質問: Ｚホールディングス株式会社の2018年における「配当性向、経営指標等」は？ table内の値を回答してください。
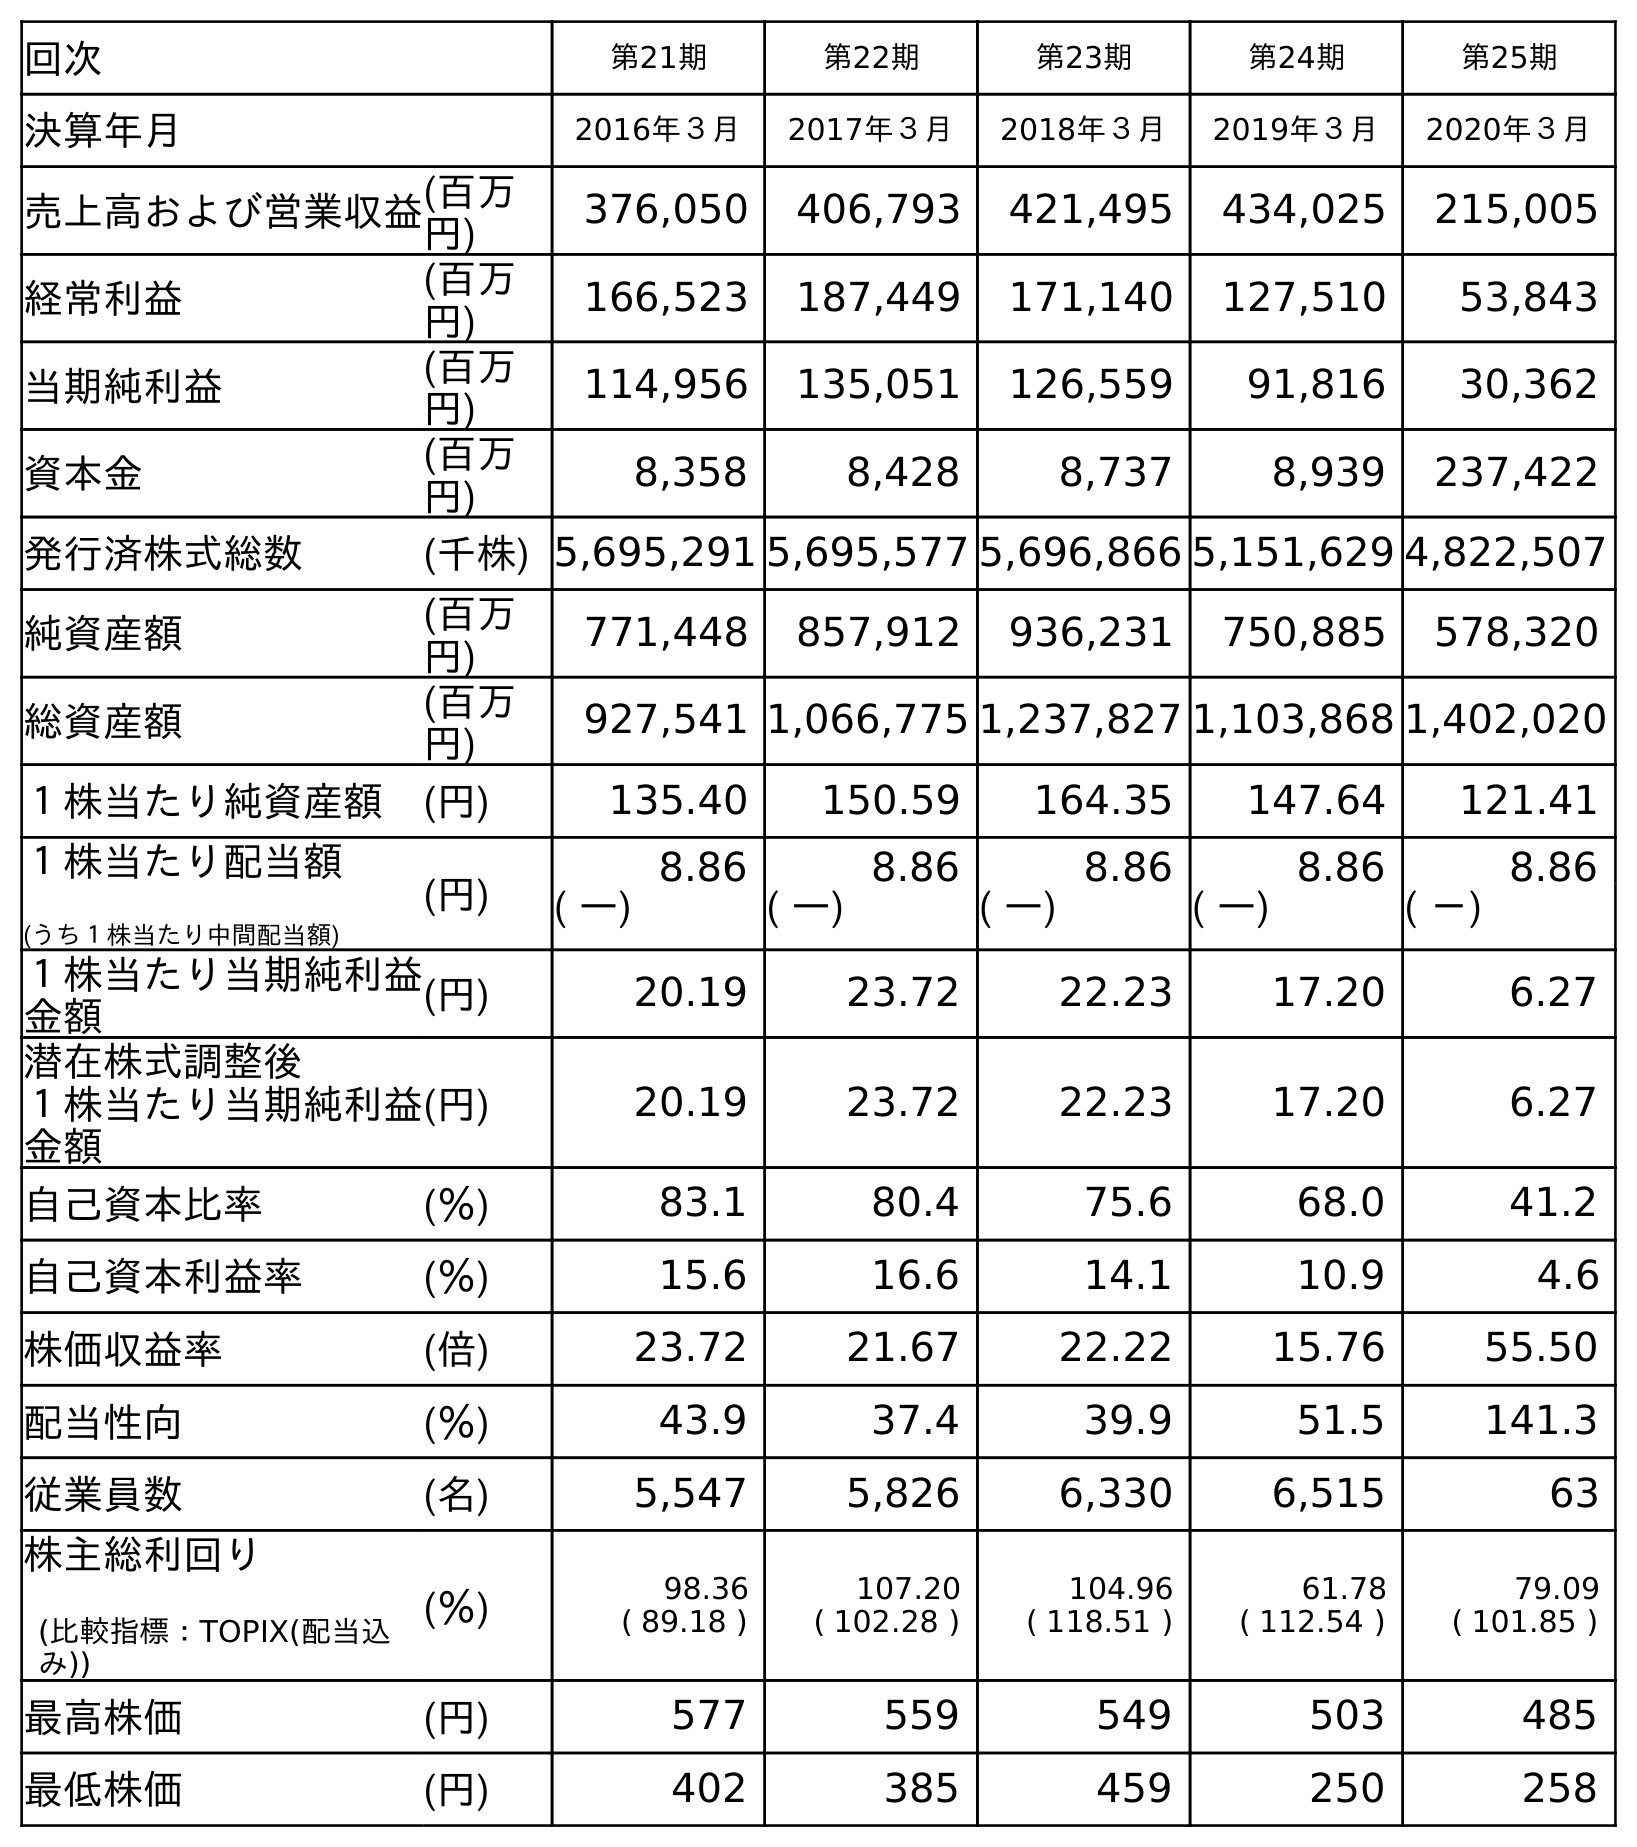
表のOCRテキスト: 回次 第21期 第22期 第23期 第24期 第25期 決算年月 2016年３月 2017年３月 2018年３月 2019年３月 2020年３月 売上高および営業収益(百万 円) 376,050 406,793 421,495 434,025 215,005 経常利益 (百万 円) 166,523 187,449 171,140 127,510 53,843 当期純利益 (百万 円) 114,956 135,051 126,559 91,816 30,362 資本金 (百万 円) 8,358 8,428 8,737 8,939 237,422 発行済株式総数 (千株) 5,695,291 5,695,577 5,696,866 5,151,629 4,822,507 純資産額 (百万 円) 771,448 857,912 936,231 750,885 578,320 総資産額 (百万 円) 927,541 1,066,775 1,237,827 1,103,868 1,402,020 １株当たり純資産額 (円) 135.40 150.59 164.35 147.64 121.41 １株当たり配当額 (うち１株当たり中間配当額) (円) 8.86 8.86 8.86 8.86 8.86 ( ―) ( ―) ( ―) ( ―) ( －) １株当たり当期純利益 金額 (円) 20.19 23.72 22.23 17.20 6.27 潜在株式調整後 １株当たり当期純利益 金額 (円) 20.19 23.72 22.23 17.20 6.27 自己資本比率 (％) 83.1 80.4 75.6 68.0 41.2 自己資本利益率 (％) 15.6 16.6 14.1 10.9 4.6 株価収益率 (倍) 23.72 21.67 22.22 15.76 55.50 配当性向 (％) 43.9 37.4 39.9 51.5 141.3 従業員数 (名) 5,547 5,826 6,330 6,515 63 株主総利回り (比較指標：TOPIX(配当込 み)) (％) 98.36 ( 89.18 ) 107.20 ( 102.28 ) 104.96 ( 118.51 ) 61.78 ( 112.54 ) 79.09 ( 101.85 ) 最高株価 (円) 577 559 549 503 485 最低株価 (円) 402 385 459 250 258
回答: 39.9